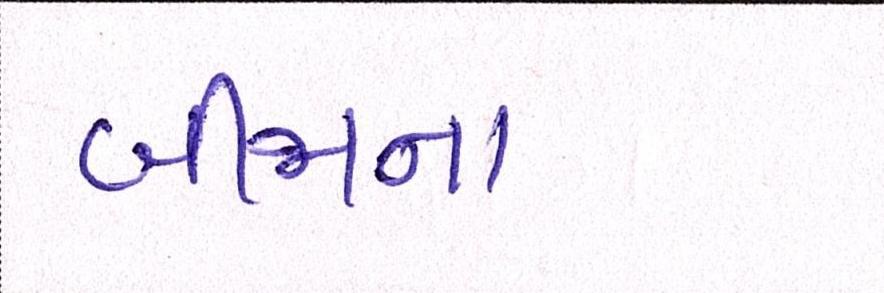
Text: બીજના